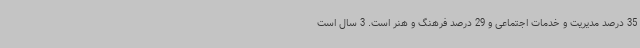
35 درصد مدیریت و خدمات اجتماعی و 29 درصد فرهنگ و هنر است. 3 سال است